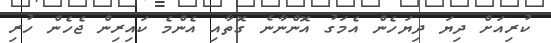
ކުރިއަށް ދިޔަ ދިޔަހެން އެމަގު އޮންނާނެ ގޮތާއި އެންމެ ކައިރިން ޖެހެން ހުރި